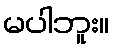
မပါဘူး။